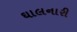
ઘાલનારી